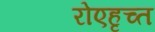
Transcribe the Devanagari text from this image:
रोएहृच्त